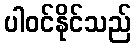
ပါဝင်နိုင်သည်